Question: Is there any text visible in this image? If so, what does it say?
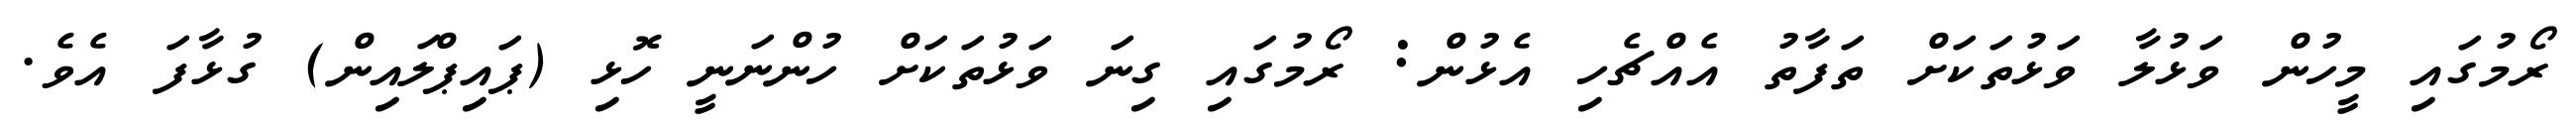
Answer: ރޯމުގައި މީހުން ވަޅުލާ ވަޅުތަކަށް ތަފާތު އެއްޗެހި އެޅުން: ރޯމުގައި ގިނަ ވަޅުތަކަށް ހުންނަނީ ހޮޅި (ޕައިޕްލައިން) ގުޅާފަ އެވެ.